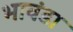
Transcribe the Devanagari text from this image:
भावंडा